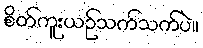
စိတ်ကူးယဉ်သက်သက်ပဲ။